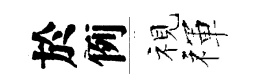
於例视禈